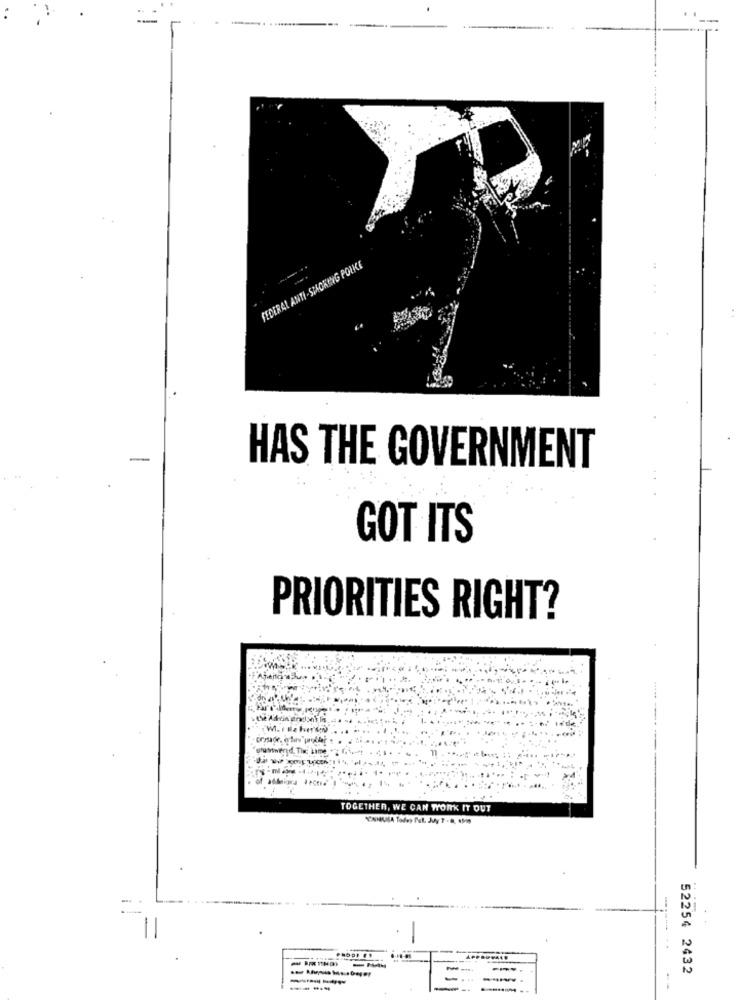
FEDERAL ANTI-SMACKING POLKI
---
-
HAS THE GOVERNMENT
GOT ITS
PRIORITIES RIGHT?
........
gustwerd. Tix: Lame
....
TOGETHER, WE CAN WORK IT OUT
-
--
--
52254 2432